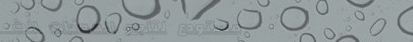
مستودع لتأجير المعدات الث